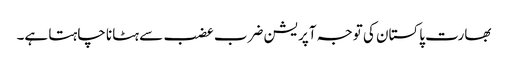
بھارت پاکستان کی توجہ آپریشن ضرب عضب سے ہٹانا چاہتا ہے۔